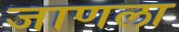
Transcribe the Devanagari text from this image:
जाणला